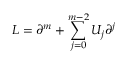
L = \partial ^ { m } + \sum _ { j = 0 } ^ { m - 2 } U _ { j } \partial ^ { j }